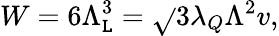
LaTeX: W=6\Lambda_{\mathtt{L}}^{3}=\sqrt{}{{3}}\lambda_{Q}\Lambda^{2}v,